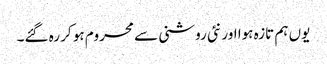
یوں ہم تازہ ہوا اور نئی روشنی سے محروم ہو کر رہ گئے۔